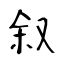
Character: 叙